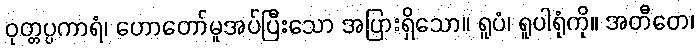
ဝုတ္တပ္ပကာရံ၊ ဟောတော်မူအပ်ပြီးသော အပြားရှိသော။ ရူပံ၊ ရူပါရုံကို။ အတီတေ၊